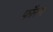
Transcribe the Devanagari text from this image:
फॉस्स